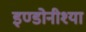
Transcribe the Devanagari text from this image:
इण्डोनीश्या